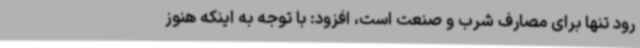
رود تنها برای مصارف شرب و صنعت است، افزود: با توجه به اینکه هنوز